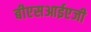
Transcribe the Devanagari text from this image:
बीएसआईएजी